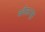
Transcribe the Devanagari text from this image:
कोळसूर